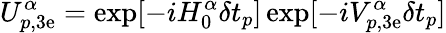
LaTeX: U_{p,\mathrm{3e}}^{\alpha}=\exp[-iH_{0}^{\alpha}\delta t_{p}]\exp[-iV_{p,\mathrm{3e}}^{\alpha}\delta t_{p}]